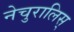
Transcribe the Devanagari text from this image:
नेचुरालिस्